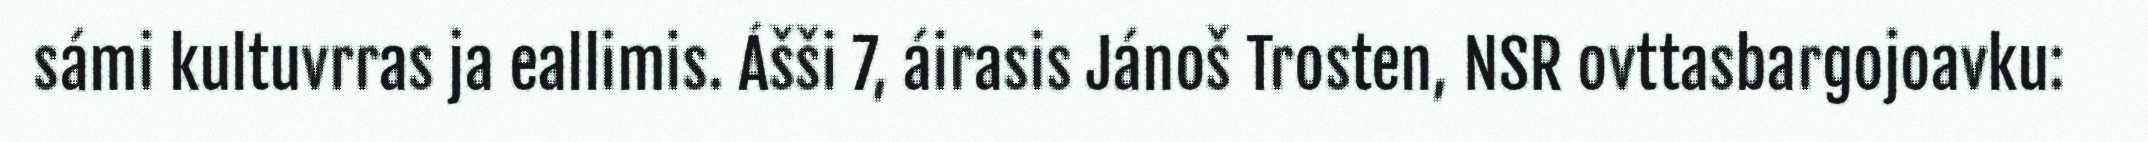
sámi kultuvrras ja eallimis. Ášši 7, áirasis Jánoš Trosten, NSR ovttasbargojoavku: